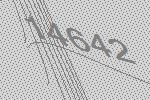
14642